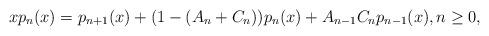
LaTeX: \begin{align*} x p_n(x)=p_{n+1}(x)+(1-(A_n+C_n))p_n(x)+A_{n-1}C_np_{n-1}(x), n\geq0,\end{align*}